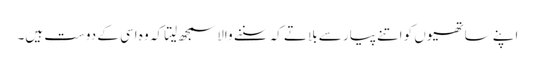
اپنے ساتھیوں کو اتنے پیار سے بلاتے کہ سننے والا سمجھ لیتا کہ وہ اسی کے دوست ہیں۔